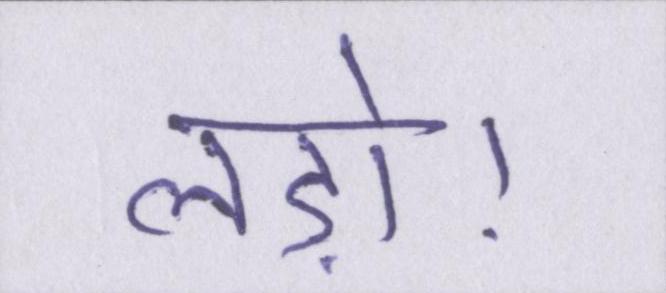
लड़ो।